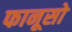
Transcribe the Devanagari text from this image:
फानूसो